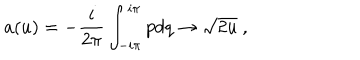
a ( u ) = - { \frac { i } { 2 \pi } } \int _ { - i \pi } ^ { i \pi } p d q \rightarrow \sqrt { 2 u } \ ,